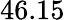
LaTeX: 46.15